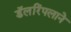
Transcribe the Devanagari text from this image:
डॅलरिंपलाने